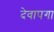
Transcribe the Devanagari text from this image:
देवापगा